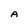
Character: A